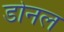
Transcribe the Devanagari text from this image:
डोनल